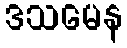
ဒသမေန